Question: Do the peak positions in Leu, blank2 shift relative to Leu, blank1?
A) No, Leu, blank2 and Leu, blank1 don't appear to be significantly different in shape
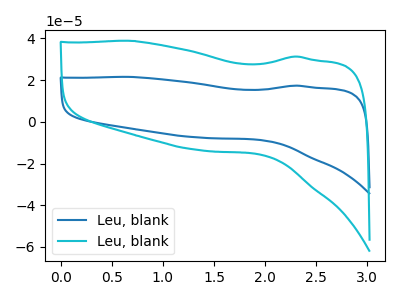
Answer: <think>The blue curve "Leu, blank1" has no peaks. The cyan curve "Leu, blank2" has no peaks.
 Neither "Leu, blank2" or "Leu, blank1" have any peaks.</think>
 <answer>A) No, "Leu, blank2" and "Leu, blank1" don't appear to be significantly different in shape</answer>
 <eval>A</eval>